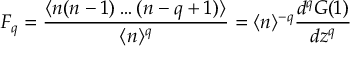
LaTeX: F _ { q } = \frac { \langle n ( n - 1 ) \ldots ( n - q + 1 ) \rangle } { \langle n \rangle ^ { q } } = \langle n \rangle ^ { - q } \frac { d ^ { q } G ( 1 ) } { d z ^ { q } }